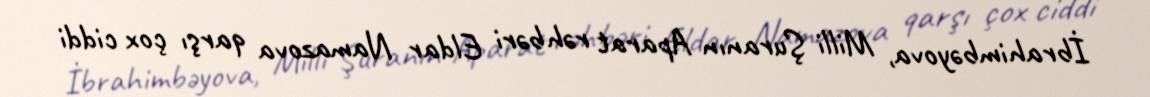
İbrahimbəyova, Milli Şuranın Aparat rəhbəri Eldar Namazova qarşı çox ciddi